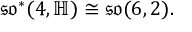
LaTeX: { \mathfrak { s o } } ^ { * } ( 4 , \mathbb { H } ) \cong { \mathfrak { s o } } ( 6 , 2 ) .